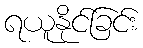
ရယူနိုင်ခြင်း